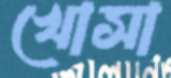
খোসা